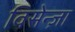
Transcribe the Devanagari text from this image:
विसेन्ज़ा